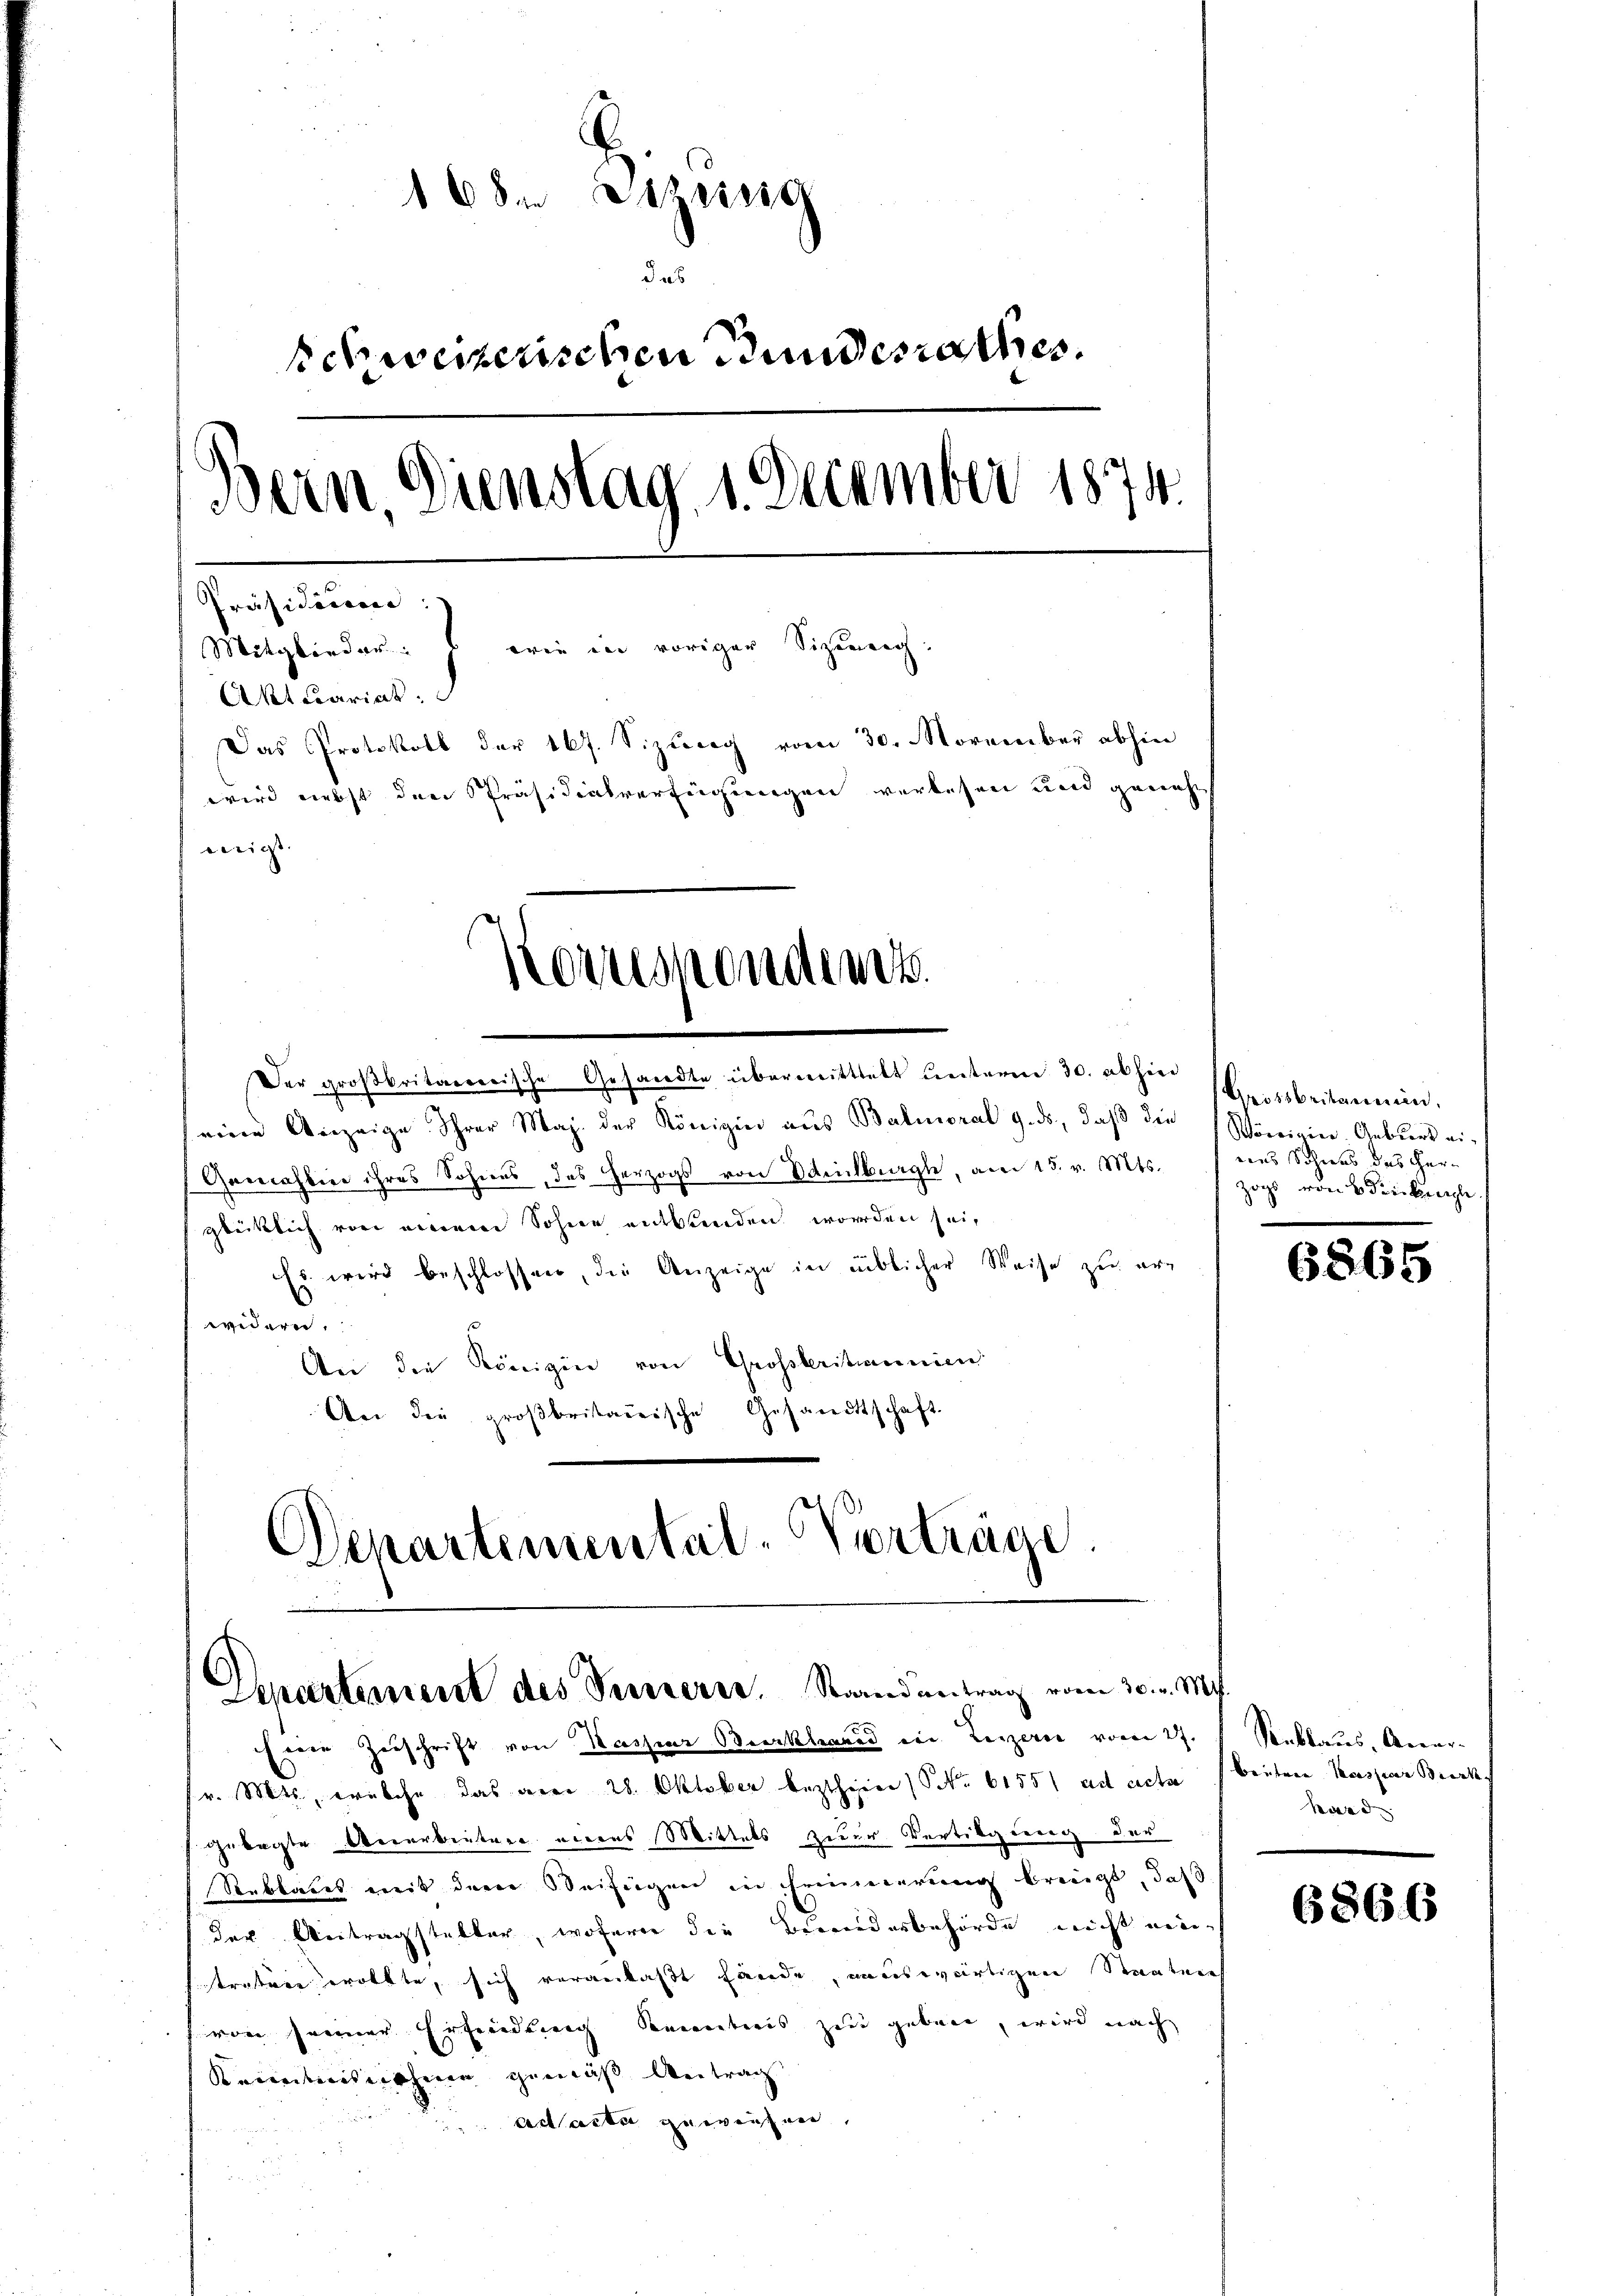
16 die Bezeich
Schweizerischen Bundesrathes.
Bern, Dienstag 1. December 1874.
Präsidicere)
Mitglieder: wie in voriger Sizinnig.
Aktuariat.
Das Protokoll der 167. Sizung vom 30. November abhin
wird nebst den Präsidialverfügungen verlesen und genehm
wigt

Noruhendent

Der großbritarrerische Gesandte überwittelt weiterm 30. abhin
eine Anzeige Ihrer Maj. der Königier aus Balmoral 9. ds, daß die
Gamahlin ihres Sohnes, das herzogs von Selburg, am 15. v. Mts.
glücklich von einem Sohner entbunden worden sei,
Es wird beschlossen, die Anzeige in üblicher Weise zu er-
widern,
An die Königin von Grossberitannien
An die groβbritairische Gesandtschaft.

Departemental-Vorträge

Derartement des Sennerer. Staandantrag vom 30. v. M.
Eine Zuschrift von Kaspar Burkhard ein Lezzern vom 27.  Rablaus, Aner¬

r. Mts., welche das aber 28. Oktober bezthien (S. 6155) ad acter beiten Kaspar Brock
gelegte Verarbeitere eines Mittels zur Vertilgung der
Rubbates mit der Beifügen in Erinnerung bringt, daß
der Antragsteller, wofür die Bewendesbehörde nicht mei
strature erölkte, sich veranlaßt fände, auswärtigen Staatenh
von seiner Erfindung Kenntnis zur geben, wird nach
Keimnisnahme gemäß Antrag
ad acta gewiesen,

Grossbritanen,
Wörginier. Anbeers eieies Schied des Herzogs von 6 Frickengli

6865

hard

6866